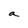
Character: a